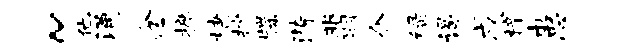
~他涌念摭棣抄牒漪翡介绿谒戌梓患